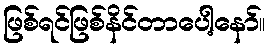
ဖြစ်ရင်ဖြစ်နိင်တာပေါ့နော်။